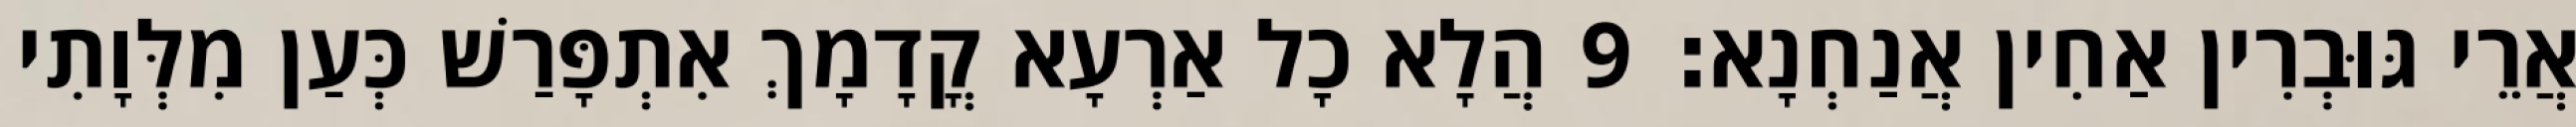
אֲרֵי גּוּבְרִין אַחִין אֲנַחְנָא׃ 9 הֲלָא כָל אַרְעָא קֳדָמָךְ אִתְפָּרַשׁ כְּעַן מִלְּוָתִי